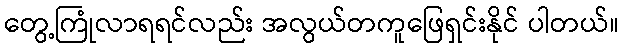
တွေ့ကြုံလာရရင်လည်း အလွယ်တကူဖြေရှင်းနိုင် ပါတယ်။